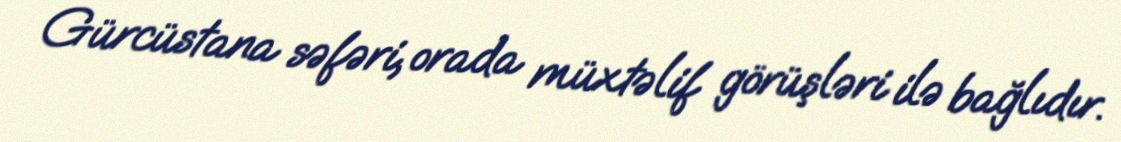
Gürcüstana səfəri, orada müxtəlif görüşləri ilə bağlıdır.